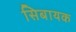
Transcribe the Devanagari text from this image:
सिबायक